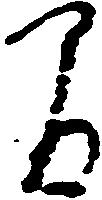
間